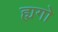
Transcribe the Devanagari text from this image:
ह्यगो